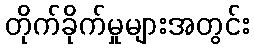
တိုက်ခိုက်မှုများအတွင်း